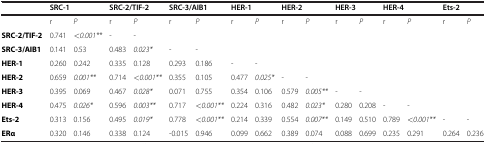
<table><thead><tr><td><b> </b></td><td colspan="2"><b>SRC-1</b></td><td colspan="2"><b>SRC-2/TIF-2</b></td><td colspan="2"><b>SRC-3/AIB1</b></td><td colspan="2"><b>HER-1</b></td><td colspan="2"><b>HER-2</b></td><td colspan="2"><b>HER-3</b></td><td colspan="2"><b>HER-4</b></td><td colspan="2"><b>Ets-2</b></td></tr></thead><tbody><tr><td> </td><td>r</td><td><i>P</i></td><td>r</td><td><i>P</i></td><td>r</td><td><i>P</i></td><td>r</td><td><i>P</i></td><td>r</td><td><i>P</i></td><td>r</td><td><i>P</i></td><td>r</td><td><i>P</i></td><td>r</td><td><i>P</i></td></tr><tr><td><b>SRC-2/TIF-2</b></td><td>0.741</td><td><i>&lt;0.001**</i></td><td>-</td><td>-</td><td> </td><td> </td><td> </td><td> </td><td> </td><td> </td><td> </td><td> </td><td> </td><td> </td><td> </td><td> </td></tr><tr><td><b>SRC-3/AIB1</b></td><td>0.141</td><td>0.53</td><td>0.483</td><td><i>0.023*</i></td><td>-</td><td>-</td><td> </td><td> </td><td> </td><td> </td><td> </td><td> </td><td> </td><td> </td><td> </td><td> </td></tr><tr><td><b>HER-1</b></td><td>0.260</td><td>0.242</td><td>0.335</td><td>0.128</td><td>0.293</td><td>0.186</td><td>-</td><td>-</td><td> </td><td> </td><td> </td><td> </td><td> </td><td> </td><td> </td><td> </td></tr><tr><td><b>HER-2</b></td><td>0.659</td><td><i>0.001**</i></td><td>0.714</td><td><i>&lt;0.001**</i></td><td>0.355</td><td>0.105</td><td>0.477</td><td><i>0.025*</i></td><td>-</td><td>-</td><td> </td><td> </td><td> </td><td> </td><td> </td><td> </td></tr><tr><td><b>HER-3</b></td><td>0.395</td><td>0.069</td><td>0.467</td><td><i>0.028*</i></td><td>0.071</td><td>0.755</td><td>0.354</td><td>0.106</td><td>0.579</td><td><i>0.005**</i></td><td>-</td><td>-</td><td> </td><td> </td><td> </td><td> </td></tr><tr><td><b>HER-4</b></td><td>0.475</td><td><i>0.026*</i></td><td>0.596</td><td><i>0.003**</i></td><td>0.717</td><td>&lt;<i>0.001**</i></td><td>0.224</td><td>0.316</td><td>0.482</td><td><i>0.023*</i></td><td>0.280</td><td>0.208</td><td>-</td><td>-</td><td> </td><td> </td></tr><tr><td><b>Ets-2</b></td><td>0.313</td><td>0.156</td><td>0.495</td><td><i>0.019*</i></td><td>0.778</td><td>&lt;<i>0.001**</i></td><td>0.214</td><td>0.339</td><td>0.554</td><td><i>0.007**</i></td><td>0.149</td><td>0.510</td><td>0.789</td><td>&lt;<i>0.001**</i></td><td>-</td><td>-</td></tr><tr><td><b>ERα</b></td><td>0.320</td><td>0.146</td><td>0.338</td><td>0.124</td><td>-0.015</td><td>0.946</td><td>0.099</td><td>0.662</td><td>0.389</td><td>0.074</td><td>0.088</td><td>0.699</td><td>0.235</td><td>0.291</td><td>0.264</td><td>0.236</td></tr></tbody></table>